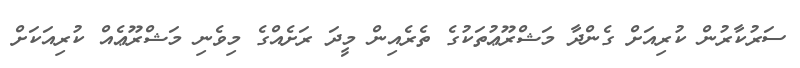
ސަރުކާރުން ކުރިއަށް ގެންދާ މަޝްރޫޢުތަކުގެ ތެރެއިން މީދަ ރަށެއްގެ މިވެނި މަޝްރޫޢެއް ކުރިއަކަށް